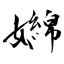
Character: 嬵